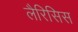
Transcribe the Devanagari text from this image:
लैरिसिस